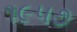
૧૯૫૭